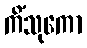
ကိံသုကော